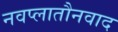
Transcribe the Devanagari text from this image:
नवप्लातौनवाद